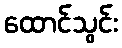
ထောင်သွင်း